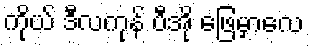
ကိုယ် ဒီလကုန် ပီအို ဖြေမှာလေ